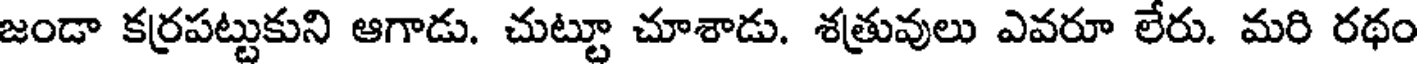
జండా కర్రపట్టుకుని ఆగాడు. చుట్టూ చూశాడు. శత్రువులు ఎవరూ లేరు. మరి రథం